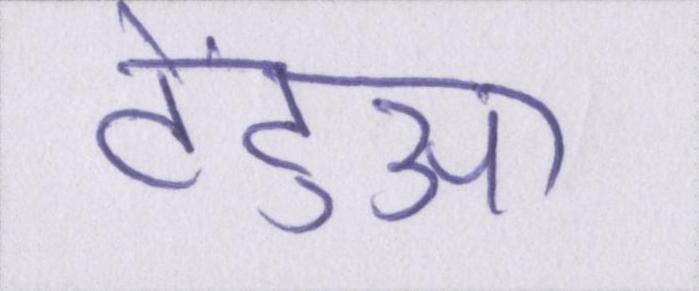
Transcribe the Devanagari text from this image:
टेंटुआ